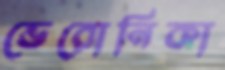
ভেরোনিকা